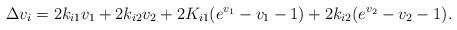
LaTeX: \begin{align*}\Delta v_i=2k_{i1}v_1+2k_{i2}v_2+2K_{i1}(e^{v_1}-v_1-1)+2k_{i2}(e^{v_2}-v_2-1).\end{align*}